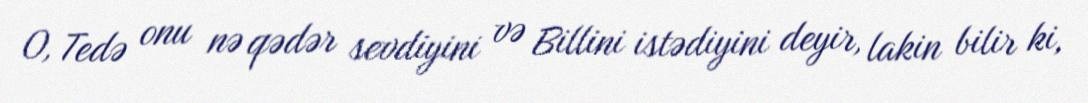
O, Tedə onu nə qədər sevdiyini və Billini istədiyini deyir, lakin bilir ki,